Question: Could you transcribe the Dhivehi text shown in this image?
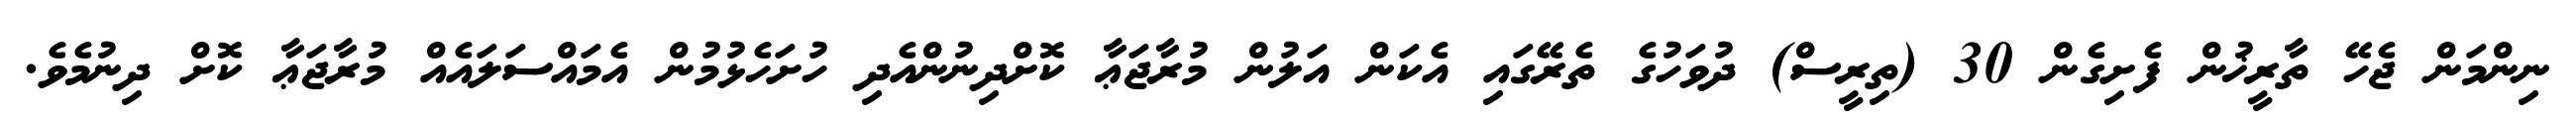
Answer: ނިންމަން ޖެހޭ ތާރީޚުން ފެށިގެން 30 (ތިރީސް) ދުވަހުގެ ތެރޭގައި އެކަން އަލުން މުރާޖަޢާ ކޮށްދިނުންއެދި ހުށަހެޅުމުން އެމައްސަލައެއް މުރާޖަޢާ ކޮށް ދިނުމެވެ.